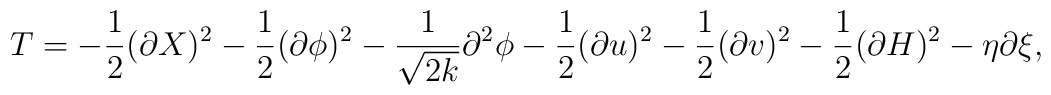
T = -\frac{1}{2}(\partial X)^2-\frac{1}{2}(\partial \phi)^2 -\frac{1}{\sqrt{2k}}\partial^2\phi-\frac{1}{2}(\partial u)^2 -\frac{1}{2}(\partial v)^2-\frac{1}{2}(\partial H)^2 -\eta\partial \xi,